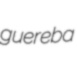
guereba